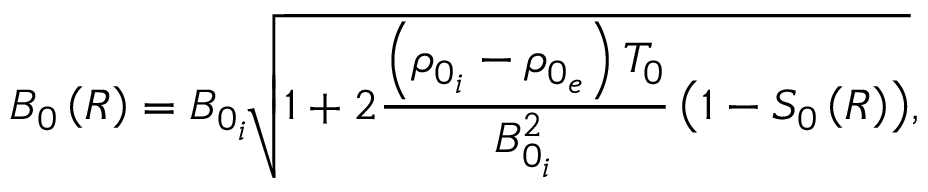
B _ { 0 } \left( R \right) = B _ { 0 _ { i } } \, \sqrt [ ] { 1 + 2 \frac { \left( \rho _ { 0 _ { i } } - \rho _ { 0 _ { e } } \right) T _ { 0 } } { B _ { 0 _ { i } } ^ { 2 } } \left( 1 - S _ { 0 } \left( R \right) \right) } ,